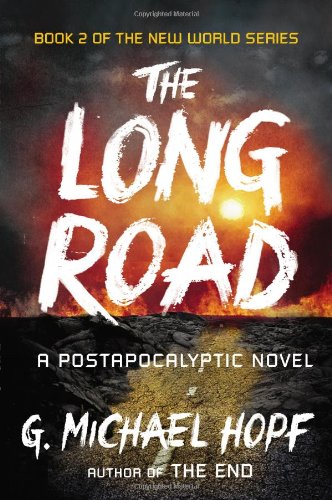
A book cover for The Long Road: A Postapocalyptic Novel (The New World Series); G. Michael Hopf; Mystery, Thriller & Suspense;